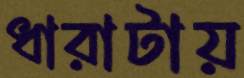
ধারাটায়